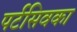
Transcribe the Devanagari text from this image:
पर्टसिवका